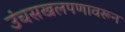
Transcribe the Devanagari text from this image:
उंचसखलपणावरून